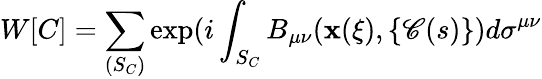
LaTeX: W[C]=\sum_{(S_{C})}\exp(i\int_{S_{C}}B_{\mu\nu}(\mathbf{x}(\xi),\{ \mathscr{C}(s)\} )d\sigma^{\mu\nu}